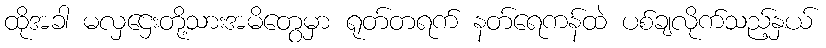
ထိုအခါ မလှဌေးတို့သားအမိတွေမှာ ရုတ်တရက် နတ်ရေကန်ထဲ ပစ်ချလိုက်သည့်နှယ်